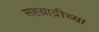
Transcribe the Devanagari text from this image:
सह्य़ाद्रीच्या